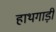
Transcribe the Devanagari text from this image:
हाथगाड़ी